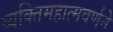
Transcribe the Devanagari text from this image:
व्यक्तिमहात्मवर्णने